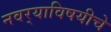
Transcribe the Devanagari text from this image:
नवर्‍याविषयीचे